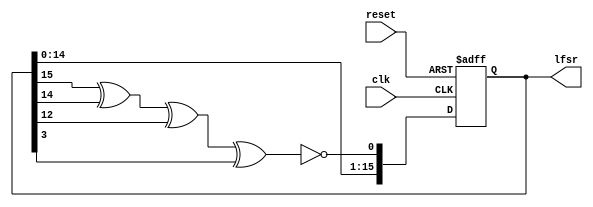
module lfsr_counter(
    input clk,
    input reset,
    output reg [15:0] lfsr);

wire d0;
xnor(d0,lfsr[15],lfsr[14],lfsr[12],lfsr[3]);

always @(posedge clk,posedge reset) begin
    if(reset) begin
        lfsr <= 0;
    end
    else begin
          lfsr <= {lfsr[14:0],d0};
    end
end
endmodule